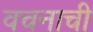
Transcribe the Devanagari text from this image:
वचनाची